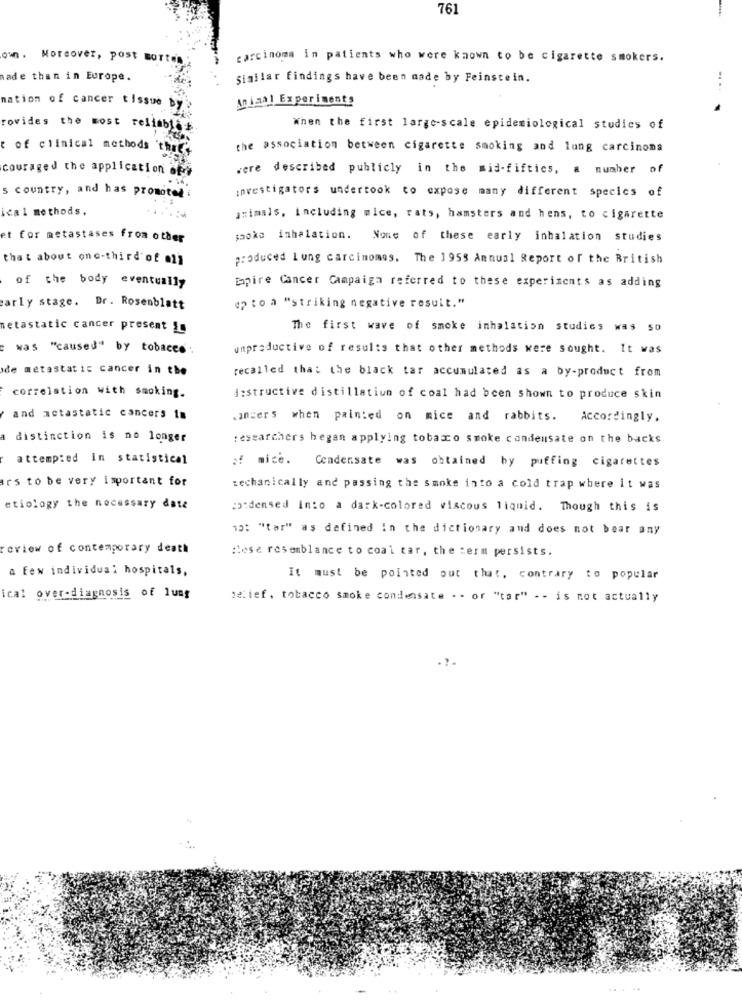
761
own . Moreover, post
carcinoma in patients who were known to be cigarette smokers.
nade than in Europe.
Similar Findings have been made by Feinstein.
nation of cancer tissue by
Animal Experiments
rovides the most reliab
When the first large-scale epidemiological studies of
t of clinical methods
the association between cigarette smoking and lung carcinoma
couraged the application of
were described publicly in the mis-fifties, a number of
investigators undertook to expose many different species of
s country, and has promoted
ical methods,
animals, including mice, rats, hamsters and hens, to cigarette
et for metastases from other
smoke inhalation. None of these early inhalation studies
that about one-third of all
produced lung carcinomes. The 1955 Annual Report of the British
of the body eventually
Capire Cancer Campaign referred to these experiments as adding
47 to a "striking negative result."
early stage. Dr. Rosenblatt
netastatic cancer present 1
The first wave of smoke inhalation studics was so
was "caused" by tobaces:
unproductive of results that other methods were sought. It was
de metastatic cancer in the
recalled that the black tar accumulated as a by-product from
correlation with smoking.
d:structive distillatiun of coal had been shown to produce skin
and metastatic cancers im
ancers when painted on mice and rabbits. Accordingly.
a distinction is no longer
researchers began applying tobacco smoke condensate on the backs
attempted In statistical
of mice. Cendensate was obtained by puffing cigarettes
ars to be very important for
mechanically and passing the smoke into a cold trap where it was
etiology the necessary date
:"densed Into a dark-colored viscous liquid. Though this is
15: "tar" as defined in the dictionary and does not bear any
review of contemporary death
Mese resemblance to coal tar, the term persists.
a few individual hospitals,
It must be pointed out that, contrary to popular
ical over-diagnosis of lung
be: ief , tobacco smoke condensate - - or "tar" - - is not actually
-
..